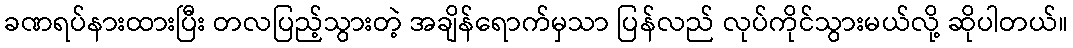
ခဏရပ်နားထားပြီး တလပြည့်သွားတဲ့ အချိန်ရောက်မှသာ ပြန်လည် လုပ်ကိုင်သွားမယ်လို့ ဆိုပါတယ်။